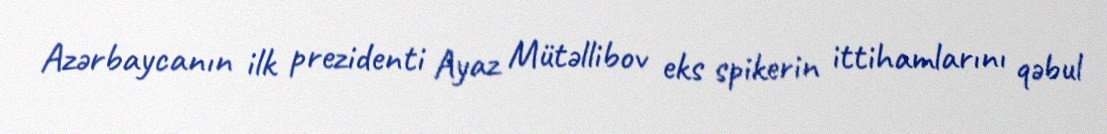
Azərbaycanın ilk prezidenti Ayaz Mütəllibov eks spikerin ittihamlarını qəbul